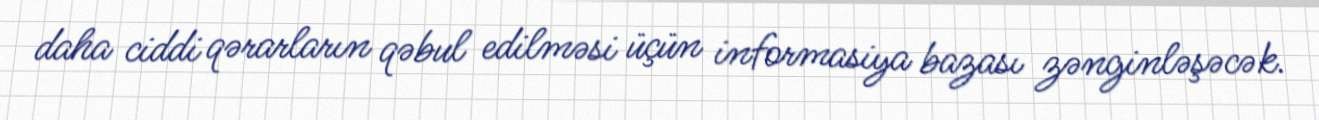
daha ciddi qərarların qəbul edilməsi üçün informasiya bazası zənginləşəcək.